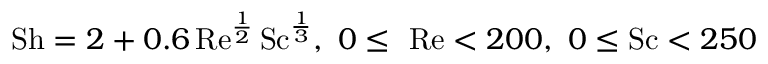
\mathrm { S h } = 2 + 0 . 6 \, \mathrm { R e } ^ { \frac { 1 } { 2 } } \, \mathrm { S c } ^ { \frac { 1 } { 3 } } , ~ 0 \leq ~ \mathrm { R e } < 2 0 0 , ~ 0 \leq \mathrm { S c } < 2 5 0